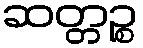
ဆတ္တဉ္စ